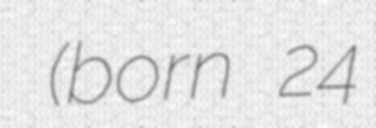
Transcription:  (born 24